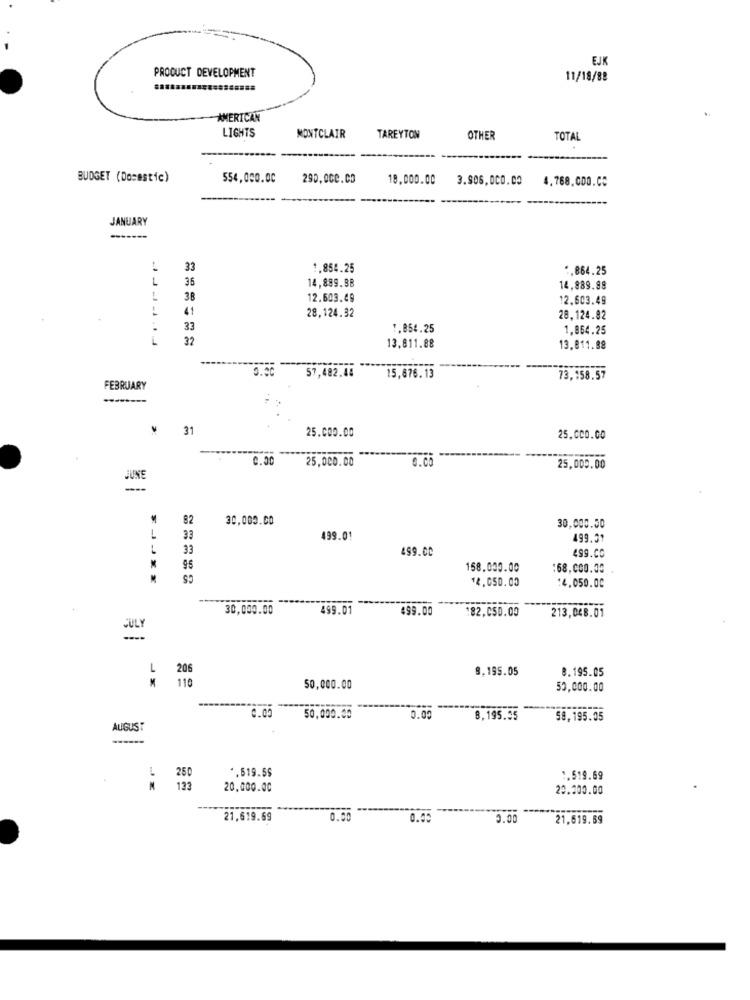
EJK
PRODUCT DEVELOPMENT
11/18/88
AMERICAN
LIGHTS
MONTCLAIR
TAREYTON
OTHER
TOTAL
BUDGET (Domestic)
554,000.00
290,000.00
18.000.00
3.906,000.00
4.768.000.0℃
JANUARY
33
1,854.25
".864.25
L
14,889.88
36
14.889.88
38
12.603.49
12.603.49
41
28,124.32
28,124.82
.
33
1,854.25
1,864.25
32
13,811.88
13,811.88
57,482.44
15,676.13
73,158.57
FEBRUARY
--------
31
25.000.00
25.000.00
0.00
25,000.00
0.0
25,000.00
82
30,000.00
30,000.50
33
499.01
499.01
---
33
499.00
499.CO
95
CS
158.000.00
:68,000.30
14.050.00
14.050.00
30,000.00
499.01
$99.00
:82,050.00
213,048.01
JULY
L
206
9.195.05
8.195.05
M
110
50,000.00
50,000.00
50,000.00
0.00
8,195.35
58,195.05
AUGUST
*. 619.5$
250
1.519.69
M
133
20.000.00
20.300.00
21,619.69
0.00
0.00
21.619.69